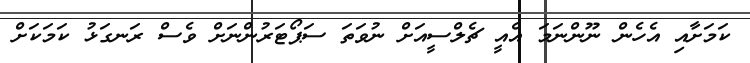
ކަމަށާއި އެހެން ނޫންނަމަ އެއީ ޗެލްސީއަށް ނުވަތަ ސަޕޯޓަރުންނަށް ވެސް ރަނގަޅު ކަމަކަށް